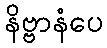
နိဗ္ဗာနံပေ